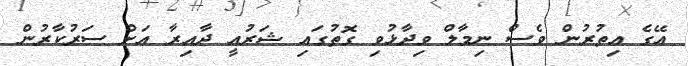
އޭގެ އިތުރުން ވެސް ނިމާލް ވިދާޅުވި ގޮތުގައި ޝަރުއީ ދާއިރާ އަށް ސަރުކާރުން